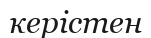
керістен